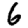
Digit: 6